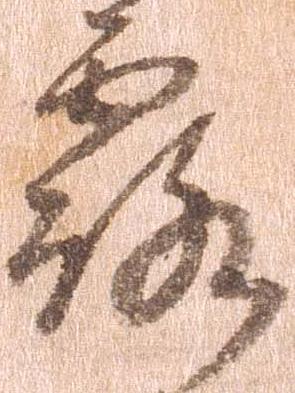
露